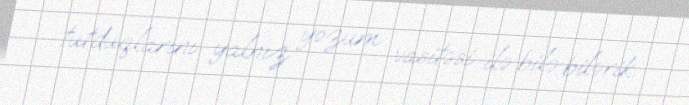
tutduqlarını yalnız yozum vasitəsi ilə bilə bilərik.